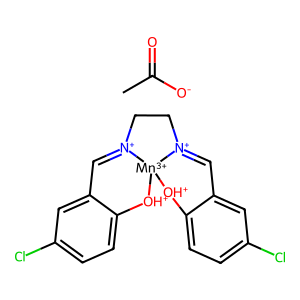
SMILES: CC(=O)[O-].Clc1ccc2c(c1)C=[N+]1CC[N+]3=Cc4cc(Cl)ccc4[OH+][Mn+3]13[OH+]2
Inhibits HIV replication: No